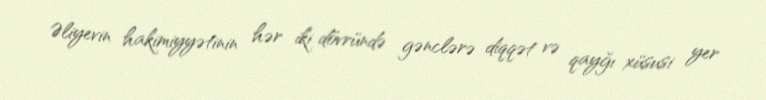
Əliyevin hakimiyyətinin hər iki dövründə gənclərə diqqət və qayğı xüsusi yer